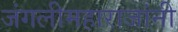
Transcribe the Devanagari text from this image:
जंगलीमहाराजांनी